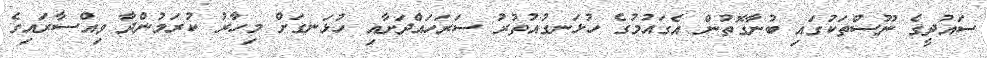
ސައުދީގެ ނޫސްތަކުގައި ބުނާގޮތުން އެގައުމުގެ ހުޅަނގުއުތުރު ސަރަހައްދަށާއި ހުޅަނގަށް މިހާރު ކުރަމުންދާ ވިއްސާރައިގެ